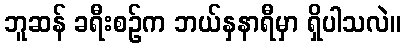
ဘူဆန် ခရီးစဉ်က ဘယ်နှနာရီမှာ ရှိပါသလဲ။